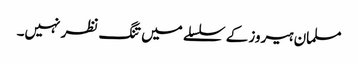
مسلمان ہیروز کے سلسلے میں تنگ نظر نہیں۔